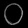
Digit: ၀